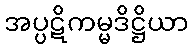
အပ္ပဋိကမ္မဒိဋ္ဌိယာ